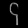
Digit: ၄